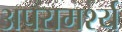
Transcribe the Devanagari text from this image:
अपरामर्श्य